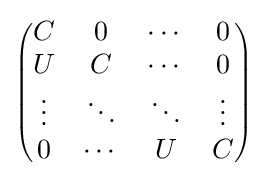
\scriptstyle {\begin{pmatrix}C&0&\cdots &0\\U&C&\cdots &0\\\vdots &\ddots &\ddots &\vdots \\0&\cdots &U&C\end{pmatrix}}